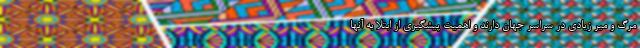
مرگ و میر زیادی در سراسر جهان دارند و اهمیت پیشگیری از ابتلا به آنها